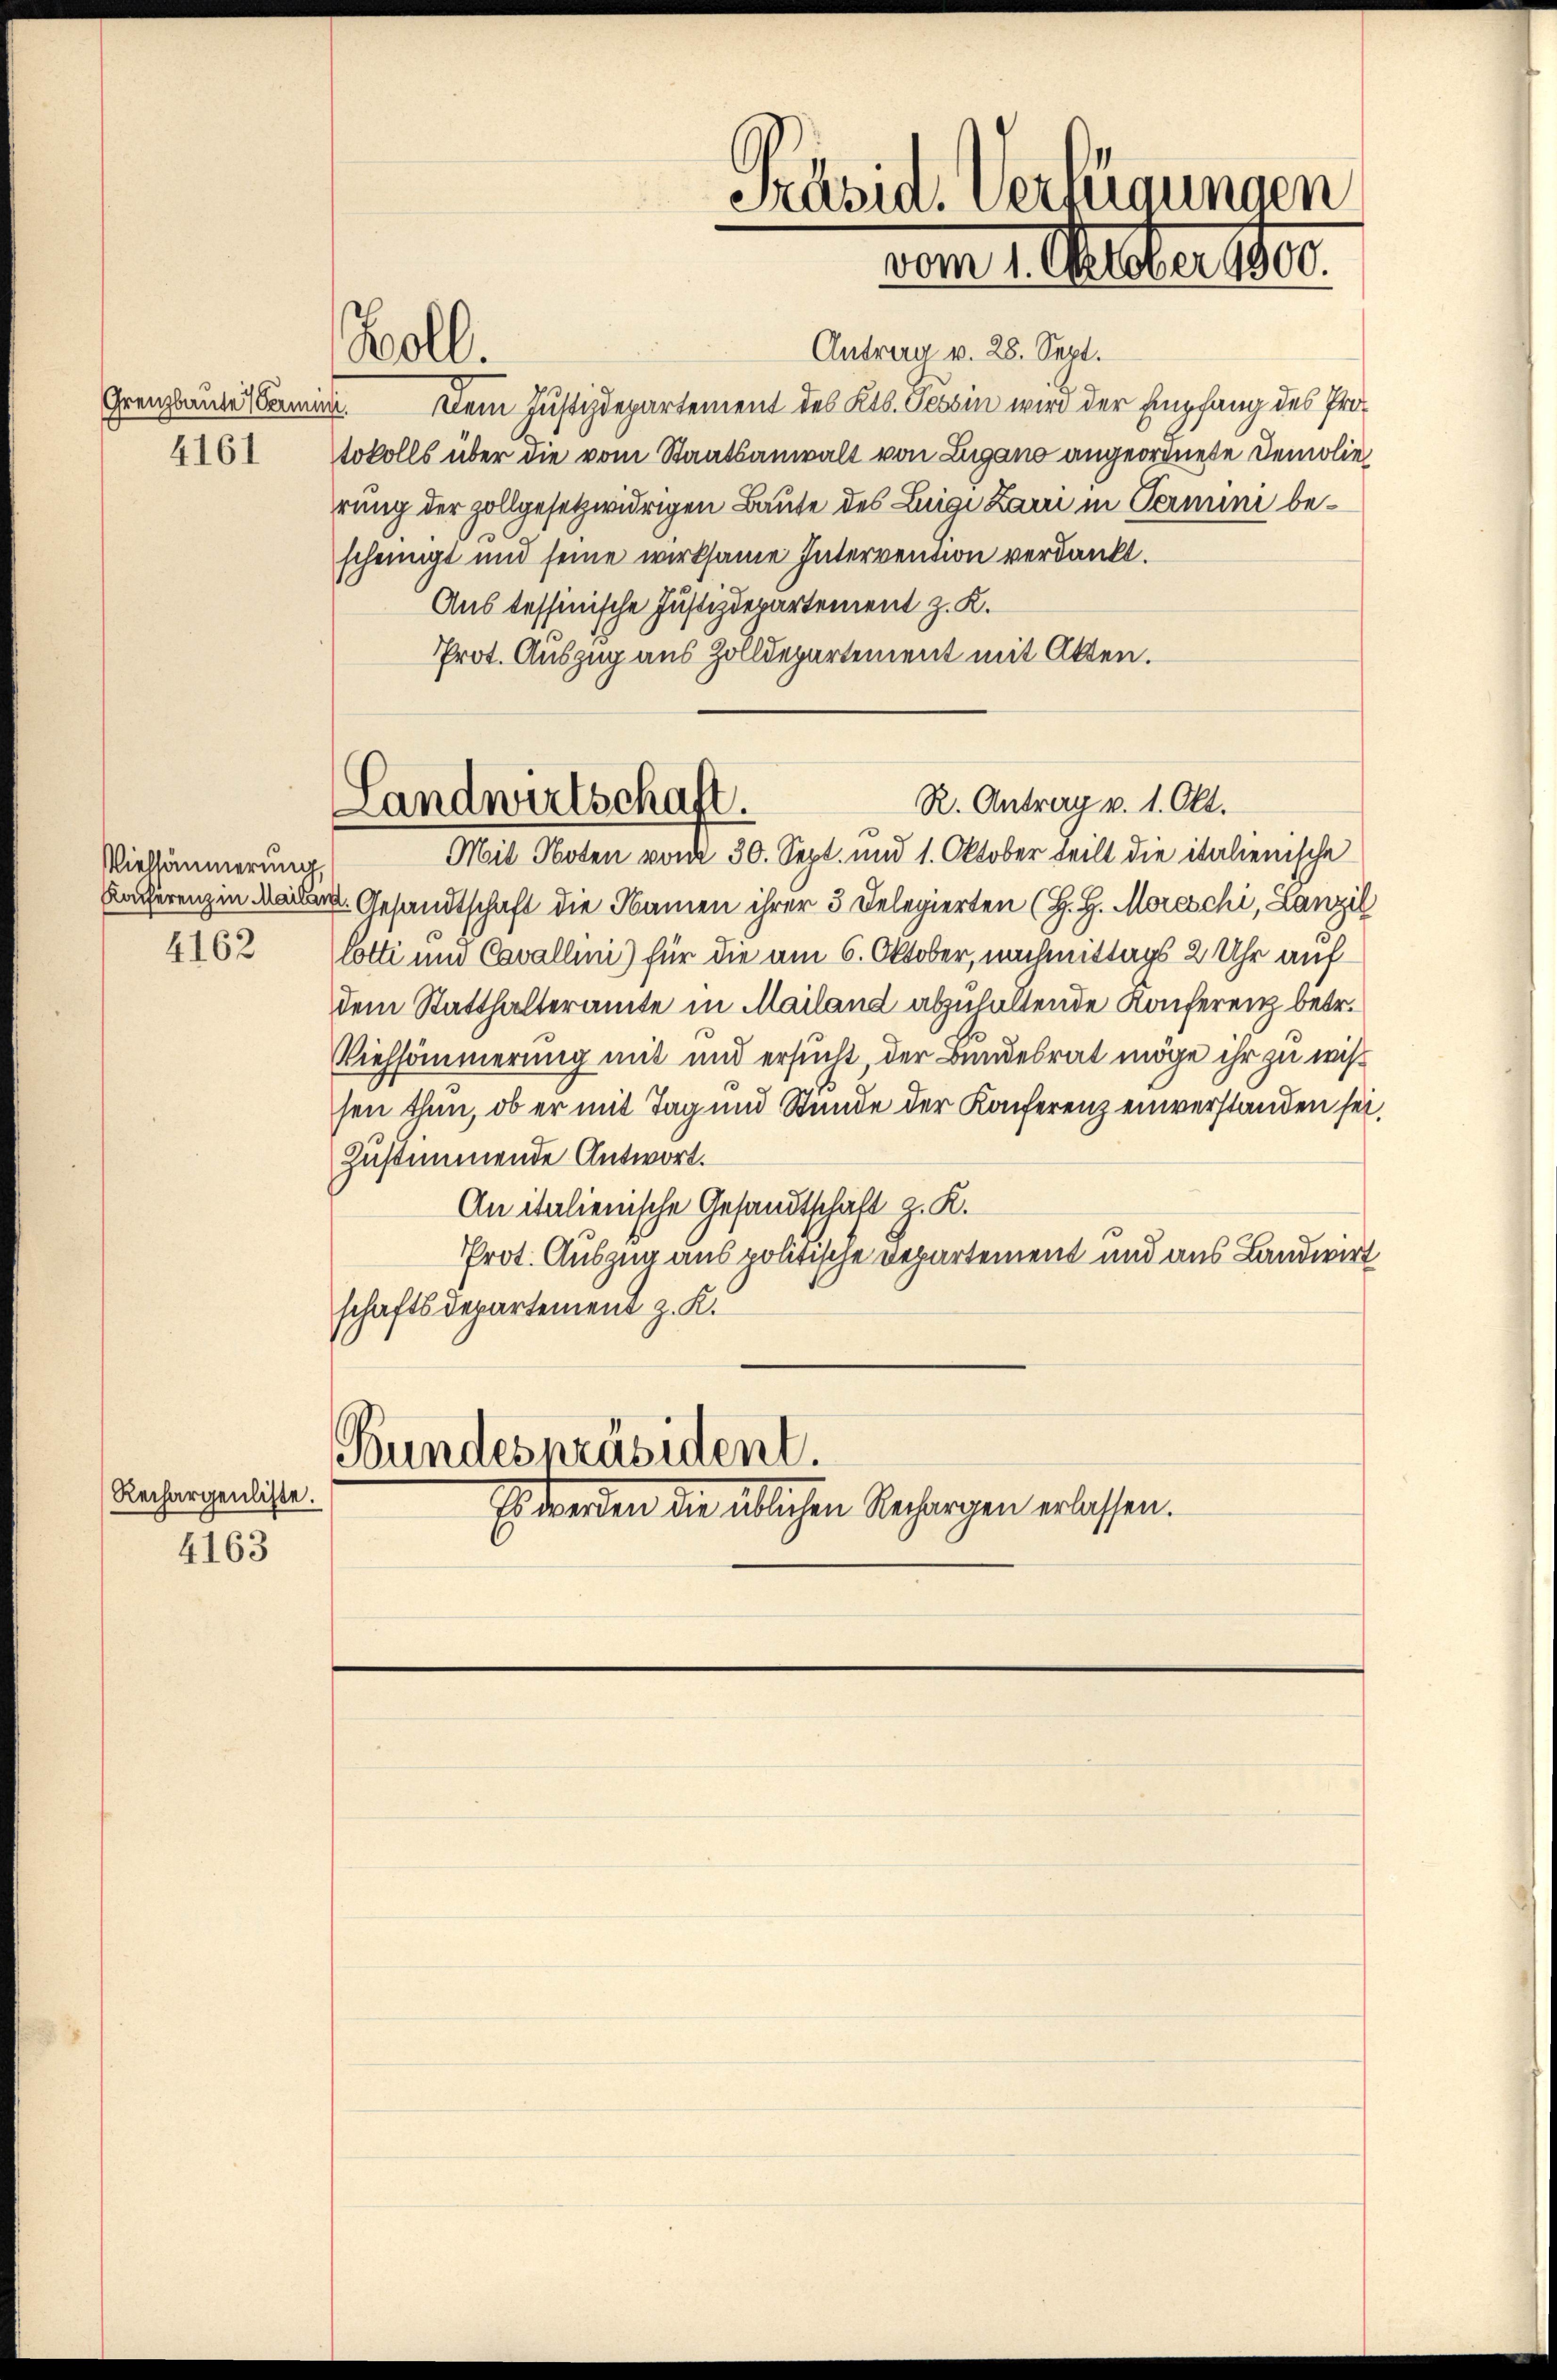
Grenzbaute Vermin

4161

Viehsämmerung,

4162

Rechargenliste.

4163

Antrag v. 28. Sept.
Dem Justizdepartement des Kts. Tessin wird der Empfang des Pro¬
4.
tokolls über die vom Staatsanwalt von Lugano angeordnete Demolie
rung der zollgesetzwidrigen Baute des Luigi Zani in Termini bescheinigt und seine wirksame Intervention verdankt.
Aus tessinische Justizdepartement z. K.
Prot. Auszug aus Zolldepartement mit Akten.

Woll.

Präsid. Verfügungen
vom 1. Selter See.

R. Antrag v. 1. Okt.
Landwirtschaft.

Mit Noten vom 30. Sept. und 1. Oktober teilt die italienische
Kacherenz in Gesandtschaft die Namen ihrer 3 Delegierten (H. H. Moreschi, Lanzil
Cotti und Cavallini) für die am 6. Oktober, nachmittags 2 Uhr aufdem Statthalteramte in Mailand abzuhaltende Konferenz betr.
Viehsömmerung mit und ersucht, der Bundesrat möge ihr zu wissen thun, ob er mit Tag und Stunde der Konferenz einverstanden sei,
zustimmende Antwort.
An italienische Gesandtschaft z. K.
Prot. Auszug aus politische Departement und aus Landwirt
schaftsdepartement z. K.

Bundespräsident.
Es werden die üblichen Rechargen erlassen.